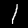
Label: 1